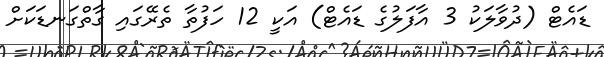
ޑައެޓް (ދުވާލަކު 3 އާފަލުގެ ޑައެޓް) އަކީ 12 ހަފުތާ ތެރޭގައި ގާތްގަނޑަކަށް